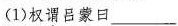
(1)权谓吕蒙曰___